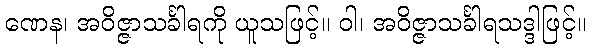
ဏေန၊ အဝိဇ္ဇာသင်္ခါရကို ယူသဖြင့်။ ဝါ၊ အဝိဇ္ဇာသင်္ခါရသဒ္ဒါဖြင့်။